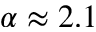
\alpha \approx 2 . 1